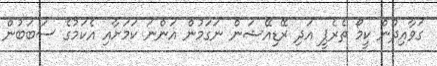
ގަވާއިދުން ކީމޯ ތެރެޕީ އަދި ރޭޑިއޭޝަން ނަގަމުން އަންނަ ކަމަށާއި އެކަމުގެ ސަބަބުން